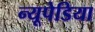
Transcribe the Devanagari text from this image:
न्यूपेडिया